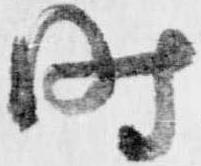
時